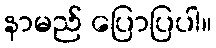
နာမည် ပြောပြပါ။